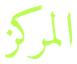
المركز